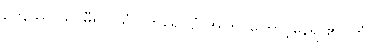
ဥပနိဿာယ၊ မှီ၍။ ယံ ဝိဟရေယျံ၊ အကြင်ကြောင့်နေရာ၏။ တံ၊